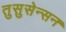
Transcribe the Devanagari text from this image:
तुसुसेन्सन